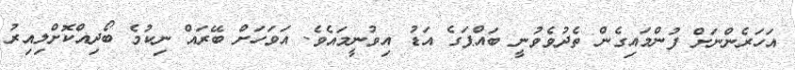
އަހަރެންނަށް ފުންމައިގެން ތެދުވެވުނީ ބައްޕަގެ އަޑު އިވުނީމައެވެ. އަވަހަށް ބޭރައް ނިކުމެ ބޯދިއްކޮށްލިއިރު